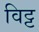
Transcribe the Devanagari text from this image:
विट्ट